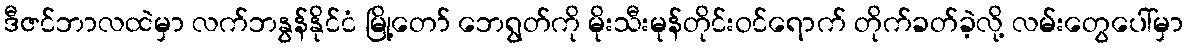
ဒီဇင်ဘာလထဲမှာ လက်ဘနွန်နိုင်ငံ မြို့တော် ဘေရွတ်ကို မိုးသီးမုန်တိုင်းဝင်ရောက် တိုက်ခတ်ခဲ့လို့ လမ်းတွေပေါ်မှာ